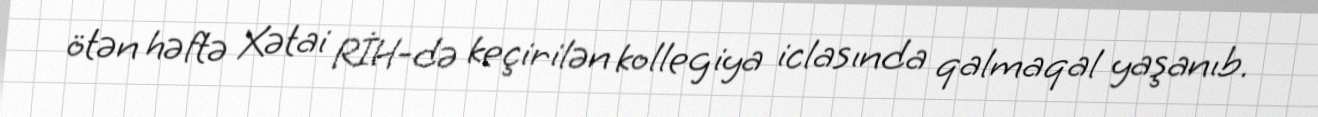
ötən həftə Xətai RİH-də keçirilən kollegiya iclasında qalmaqal yaşanıb.